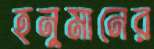
হনুমানের